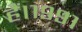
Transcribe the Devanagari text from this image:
हैं।१९९१